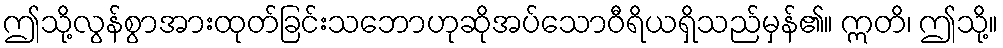
ဤသို့လွန်စွာအားထုတ်ခြင်းသဘောဟုဆိုအပ်သောဝီရိယရှိသည်မှန်၏။ ဣတိ၊ ဤသို့။